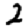
Digit: 2